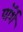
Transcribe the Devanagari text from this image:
पॉर्शे